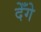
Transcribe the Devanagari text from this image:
देँगे